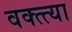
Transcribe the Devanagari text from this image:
वक्त्त्या